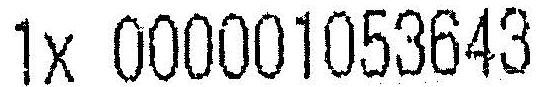
1X 000001053643